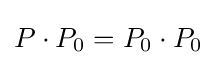
P\cdot P_{0}=P_{0}\cdot P_{0}